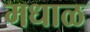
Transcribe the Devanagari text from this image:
मधाळ